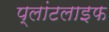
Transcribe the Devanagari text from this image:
प्लांटलाइफ